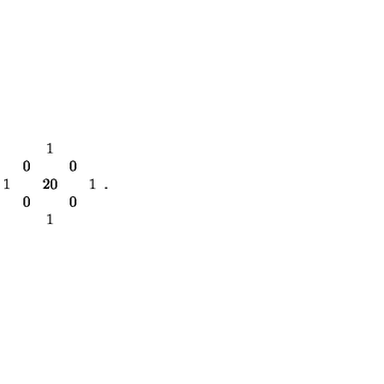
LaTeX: \begin{array} { c c c c c } { } & { } & { 1 } & { } & { } \\ { } & { 0 \! } & { } & { \! 0 } & { } \\ { 1 \! } & { \! } & { 2 0 } & { \! } & { \! 1 } \\ { } & { 0 \! } & { } & { \! 0 } & { } \\ { } & { } & { 1 } & { } & { } \\ \end{array} .